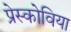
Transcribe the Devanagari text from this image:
प्रेस्कोविया